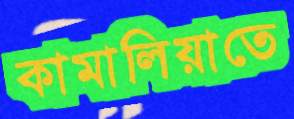
কামালিয়াতে